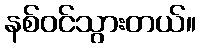
နစ်ဝင်သွားတယ်။